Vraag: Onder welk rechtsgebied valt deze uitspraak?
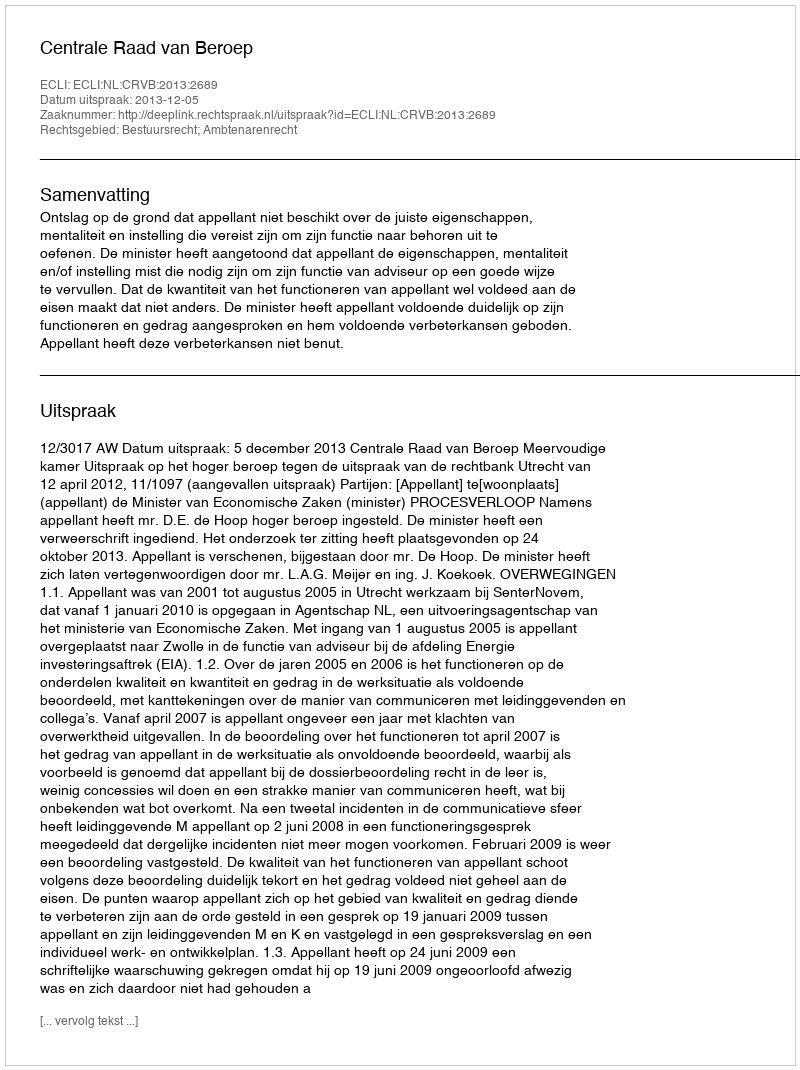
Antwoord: Bestuursrecht; Ambtenarenrecht